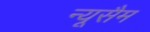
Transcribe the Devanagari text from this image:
न्यूसैम